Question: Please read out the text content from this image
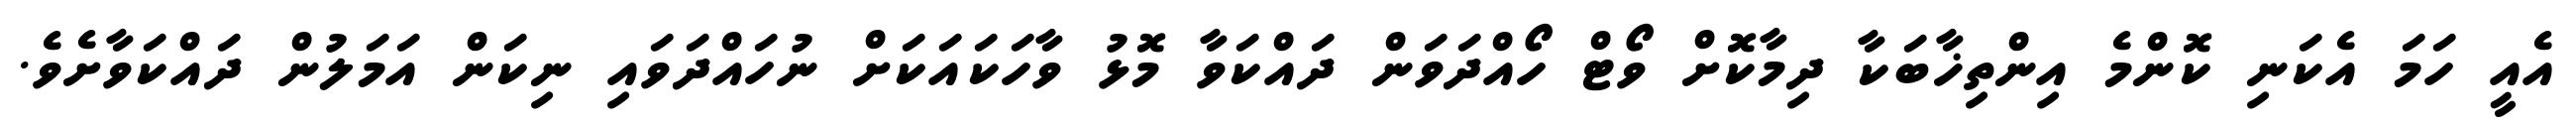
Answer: އެއީ ހަމަ އެކަނި ކޮންމެ އިންތިޚާބަކާ ދިމާކޮށް ވޯޓް ހޯއްދަވަން ދައްކަވާ މޮޅު ވާހަކައަކަށް ނުހައްދަވައި ނިކަން އަމަލުން ދައްކަވާށެވެ.